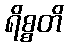
ရိစ္စတိ